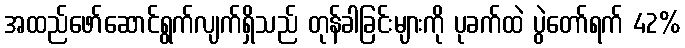
အထည်ဖော်ဆောင်ရွက်လျက်ရှိသည် တုန်ခါခြင်းများကို ပုခက်ထဲ ပွဲတော်ရက် 42%